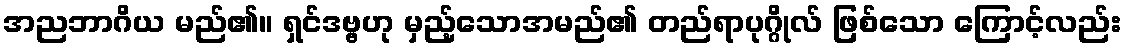
အညဘာဂိယ မည်၏။ ရှင်ဒဗ္ဗဟု မှည့်သောအမည်၏ တည်ရာပုဂ္ဂိုလ် ဖြစ်သော ကြောင့်လည်း